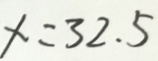
x = 3 2 . 5